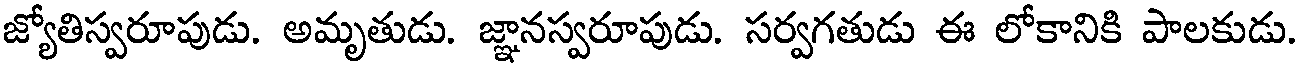
జ్యోతిస్వరూపుడు. అమృతుడు. జ్ఞానస్వరూపుడు. సర్వగతుడు ఈ లోకానికి పాలకుడు